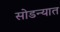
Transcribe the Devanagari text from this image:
सोडन्यात